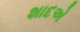
શાદએ